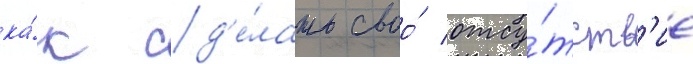
ка́к сд'е́лать своо́ отсу́тств'ие